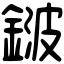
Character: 𨨏